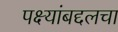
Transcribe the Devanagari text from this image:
पक्ष्यांबद्दलचा